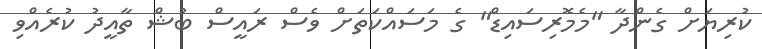
ކުރިޔަށް ގެންދާ "މެމޮރިސައިޑް" ގެ މަސައްކަތަށް ވެސް ރައީސް ބުޝް ތާއީދު ކުރެއްވި